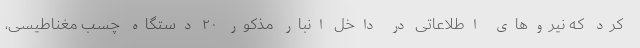
کرد که نیروهای اطلاعاتی در داخل انبار مذکور ۲۰ دستگاه چسب مغناطیسی،